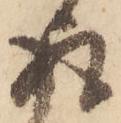
取